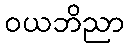
ဝယဘိညာ